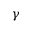
\gamma